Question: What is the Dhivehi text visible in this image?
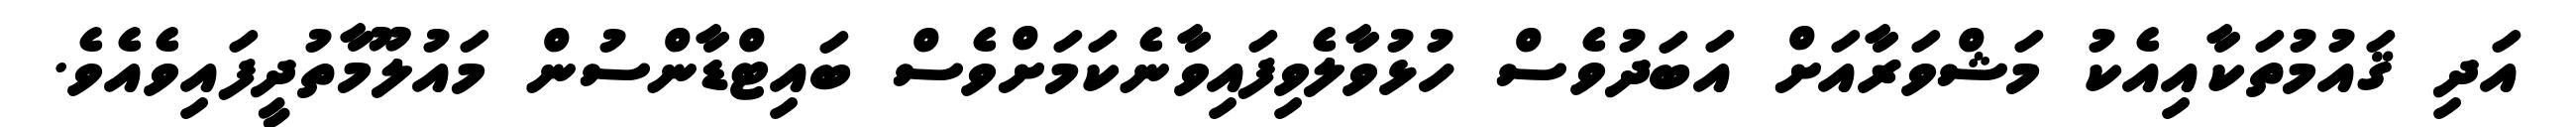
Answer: އަދި ޤައުމުތަކާއިއެކު މަޝްވަރާއަށް އަބަދުވެސް ހުޅުވާލެވިފައިވާނެކަމަށްވެސް ބައިޓްޑާންސުން މައުލޫމާތުދީފައިވެއެވެ.